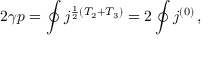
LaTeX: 2 \gamma p = \oint j ^ { \frac { 1 } { 2 } ( T _ { 2 } + T _ { 3 } ) } = 2 \oint j ^ { ( 0 ) } \, ,